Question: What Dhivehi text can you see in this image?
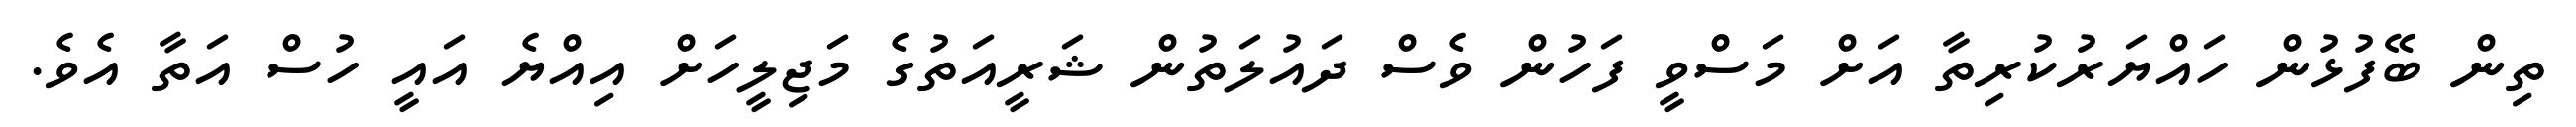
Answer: ތިން ބޭފުޅުން ހައްޔަރުކުރިތާ އަށް މަސްވީ ފަހުން ވެސް ދައުލަތުން ޝަރީއަތުގެ މަޖިލީހަށް އިއްޔެ އައީ ހުސް އަތާ އެވެ.